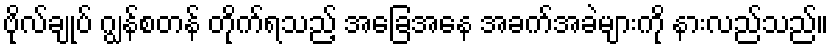
ဗိုလ်ချုပ် ဂျွန်စတန် တိုက်ရသည့် အခြေအနေ အခက်အခဲများကို နားလည်သည်။